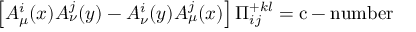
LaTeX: \left[ A _ { \mu } ^ { i } ( x ) A _ { \nu } ^ { j } ( y ) - A _ { \nu } ^ { i } ( y ) A _ { \mu } ^ { j } ( x ) \right] \Pi _ { i j } ^ { + k l } = \mathrm { c - n u m b e r }